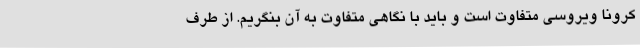
کرونا ویروسی متفاوت است و باید با نگاهی متفاوت به آن بنگریم. از طرف